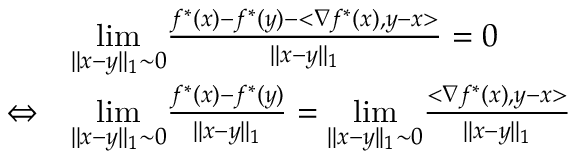
\begin{array} { r l } { } & { \underset { | | x - y | | _ { 1 } \sim 0 } { \operatorname* { l i m } } \frac { f ^ { * } ( x ) - f ^ { * } ( y ) - < \nabla f ^ { * } ( x ) , y - x > } { | | x - y | | _ { 1 } } = 0 } \\ { \Leftrightarrow } & { \underset { | | x - y | | _ { 1 } \sim 0 } { \operatorname* { l i m } } \frac { f ^ { * } ( x ) - f ^ { * } ( y ) } { | | x - y | | _ { 1 } } = \underset { | | x - y | | _ { 1 } \sim 0 } { \operatorname* { l i m } } \frac { < \nabla f ^ { * } ( x ) , y - x > } { | | x - y | | _ { 1 } } } \end{array}